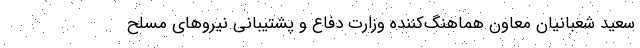
‌سعید شعبانیان معاون هماهنگ‌کننده وزارت دفاع و پشتیبانی نیروهای مسلح